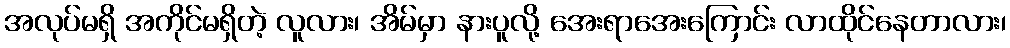
အလုပ်မရှိ အကိုင်မရှိတဲ့ လူလား၊ အိမ်မှာ နားပူလို့ အေးရာအေးကြောင်း လာထိုင်နေတာလား၊